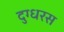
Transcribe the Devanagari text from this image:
दुग्धरस